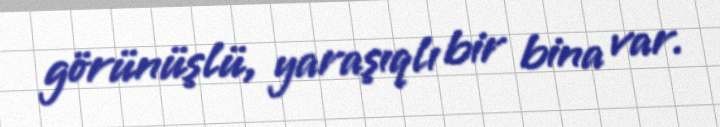
görünüşlü, yaraşıqlı bir bina var.